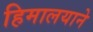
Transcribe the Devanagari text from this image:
हिमालयाने